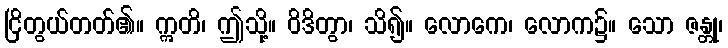
ငြိတွယ်တတ်၏။ ဣတိ၊ ဤသို့။ ဝိဒိတွာ၊ သိ၍။ လောကေ၊ လောက၌။ သော ဇန္တု၊